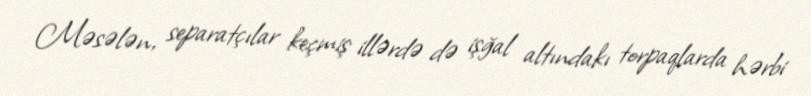
Məsələn, separatçılar keçmiş illərdə də işğal altındakı torpaqlarda hərbi